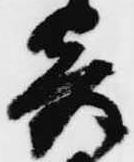
寄